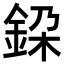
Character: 𨦃